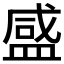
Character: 𬐨